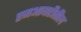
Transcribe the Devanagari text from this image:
एमआयटीतील